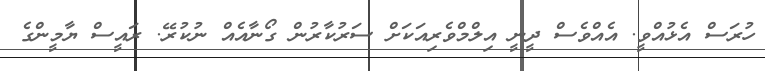
ހުރަސް އެޅުއްވީ. އެއްވެސް ދީނީ އިލްމްވެރިއަކަށް ސަރުކާރުން ގޯނާއެއް ނުކުރޭ. ރައީސް ޔާމީންގެ